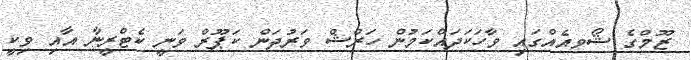
ޒޫމްގެ ޝޯވއެއްގައި ވާހަކަދައްކަމުން ހަރްޝް ވަރުދަން ކަޕޫރް ވަނީ ކެޓްރީނާ އާއި ވިކީ